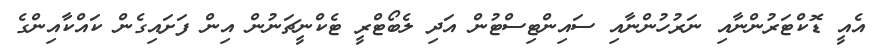
އެއީ ޑޮކްޓަރުންނާއި ނަރުހުންނާއި ސައިންޓިސްޓުން އަދި ލެބޯޓްރީ ޓެކްނީޗަނުން އިން ފަށައިގެން ކައްކާއިންގެ